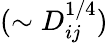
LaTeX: (\sim D_{ij}^{1/4})